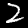
Digit: 2